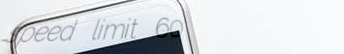
speed limit 60